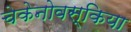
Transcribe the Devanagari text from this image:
चेकेनोवस्किया